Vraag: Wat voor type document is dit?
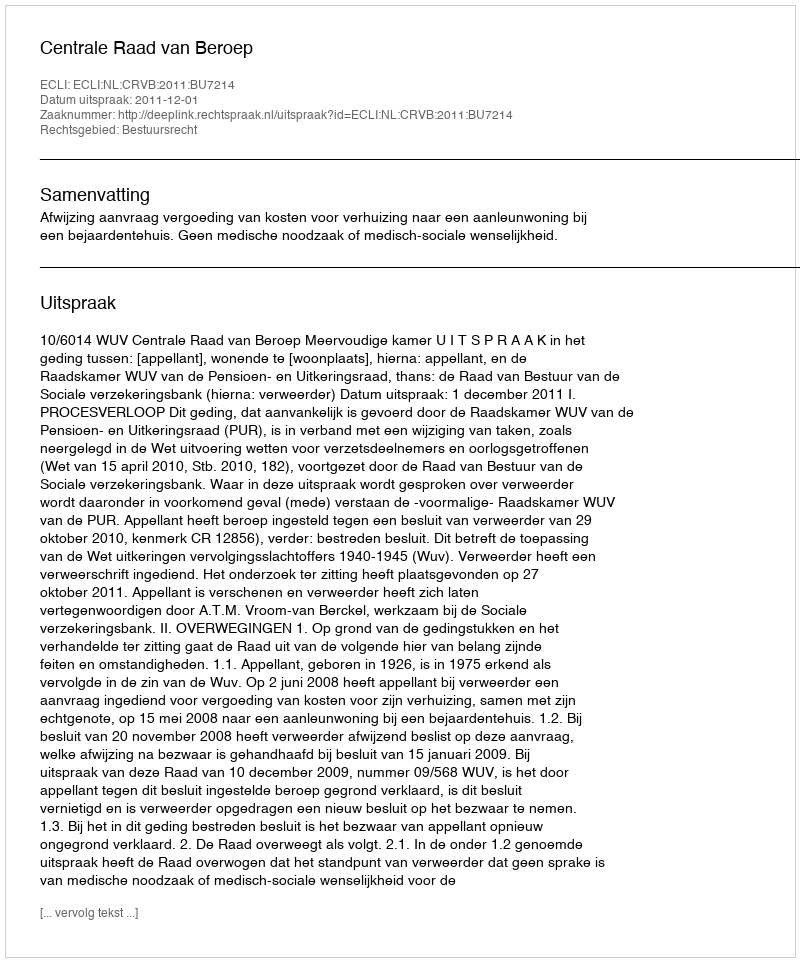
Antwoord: Uitspraak